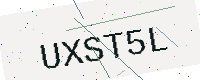
Text: UXST5L